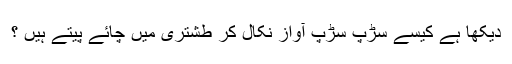
دیکھا ہے کیسے سڑپ سڑپ آواز نکال کر طشتری میں چائے پیتے ہیں ؟